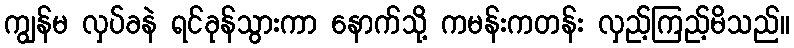
ကျွန်မ လှပ်ခနဲ ရင်ခုန်သွားကာ နောက်သို့ ကမန်းကတန်း လှည့်ကြည့်မိသည်။